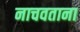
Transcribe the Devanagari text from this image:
नाचवताना